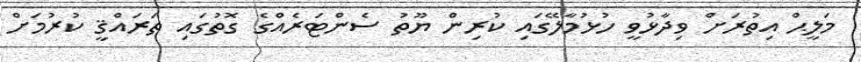
މަލީޙް އިތުރަށް ވިދާޅުވީ ހުޅުމާލޭގައި ކުރިން ޔޫތު ސެންޓަރެއްގެ ގޮތުގައި ތަރައްޤީ ކުރުމަށް